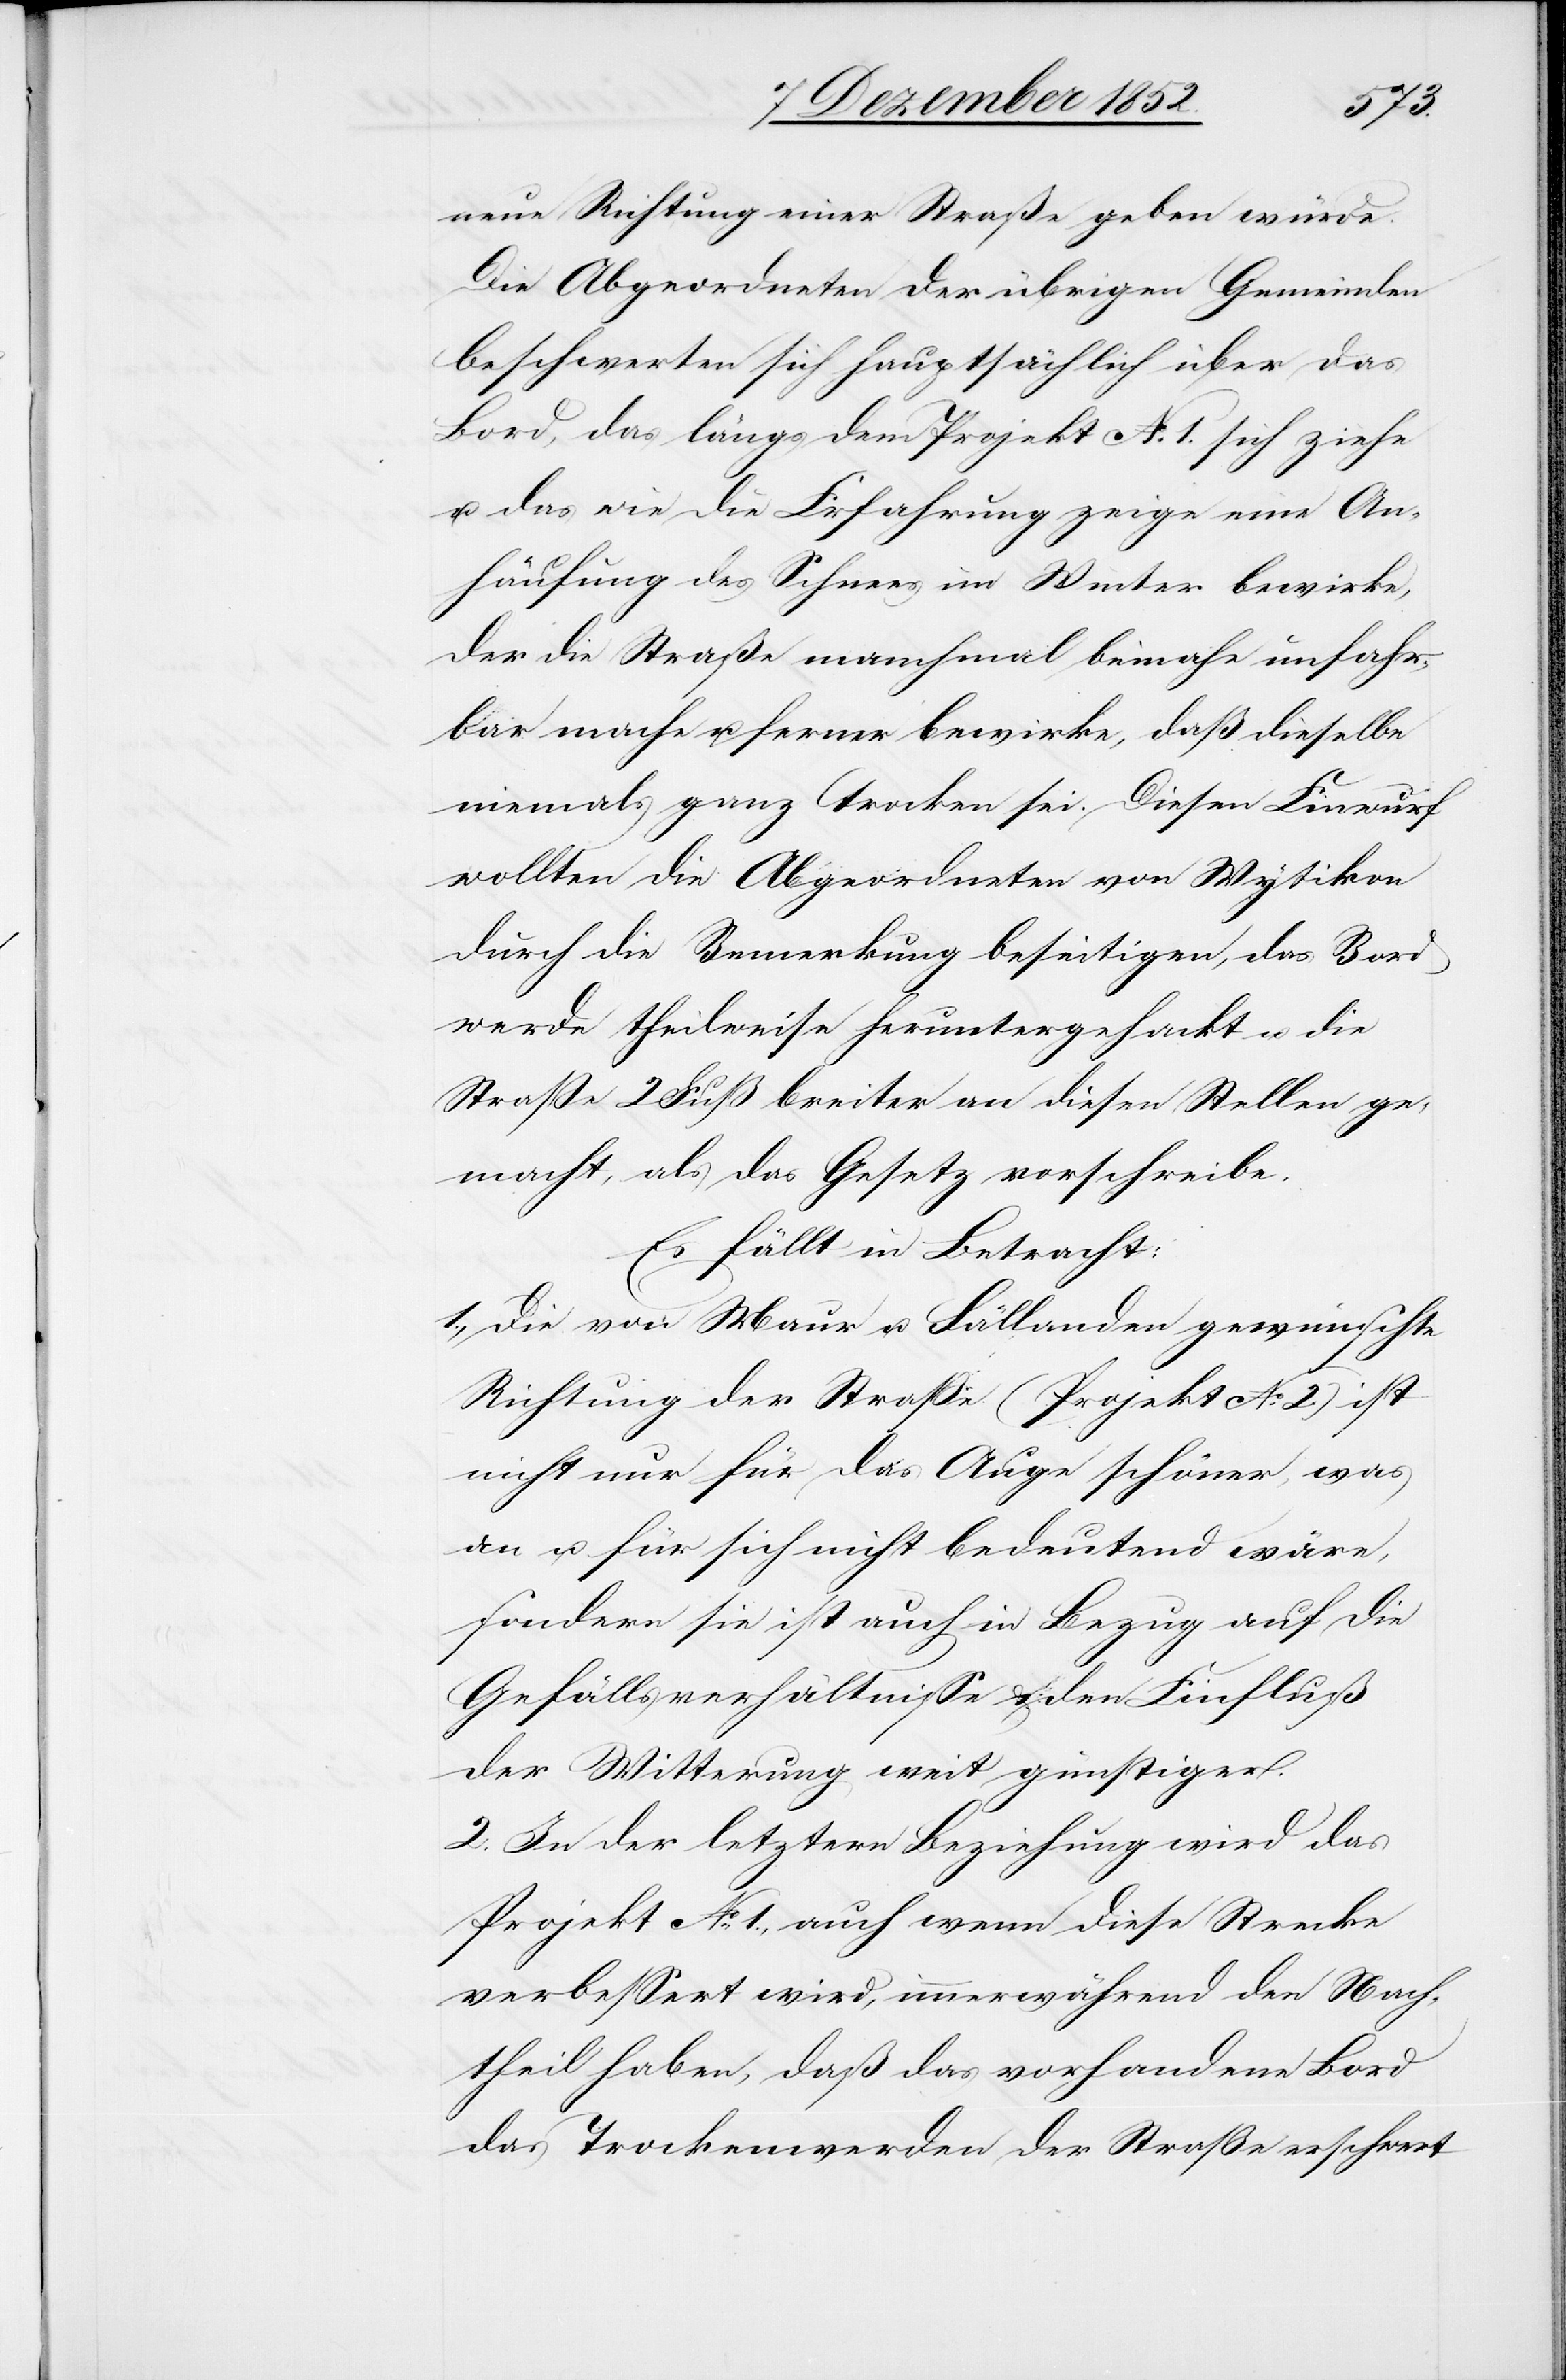
neue Richtung einer Straße geben würde.
Die Abgeordneten der übrigen Gemeinden
beschwerten sich hauptsächlich über das
Bord, das längs dem Projekt No. 1. sich ziehe
u. das wie die Erfahrung zeige eine An¬
häufung des Schnees im Winter bewirke,
der die Straße manchmal beinahe unfahr¬
bar mache u. ferner bewirke, daß dieselbe
niemals ganz trocken sei. Diesen Einwurf
wollten die Abgeordneten von Wytikon
durch die Bemerkung beseitigen, das Bord
werde theilweise heruntergehackt u. die
Straße 2 Fuß breiter an diesen Stellen ge¬
macht, als das Gesetz vorschreibe.
Es fällt in Betracht:
1., Die von Maur u. Fällanden gewünschte
Richtung der Straße (Projekt No. 2.) ist
nicht nur für das Auge schöner, was
an u. für sich nicht bedeutend wäre,
sondern sie ist auch in Bezug auf die
Gefällsverhältnisse & den Einfluß
der Witterung weit günstiger.
2. In der letztern Beziehung wird das
Projekt No. 1., auch wenn diese Strecke
verbessert wird, immerwährend den Nach¬
theil haben, daß das vorhandene Bord
das Trockenwerden der Straße erschwert